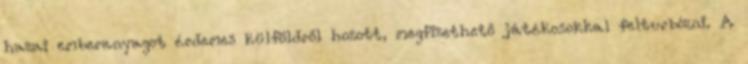
hazai emberanyagot érdemes külföldről hozott, megfizethető játékosokkal felturbózni. A